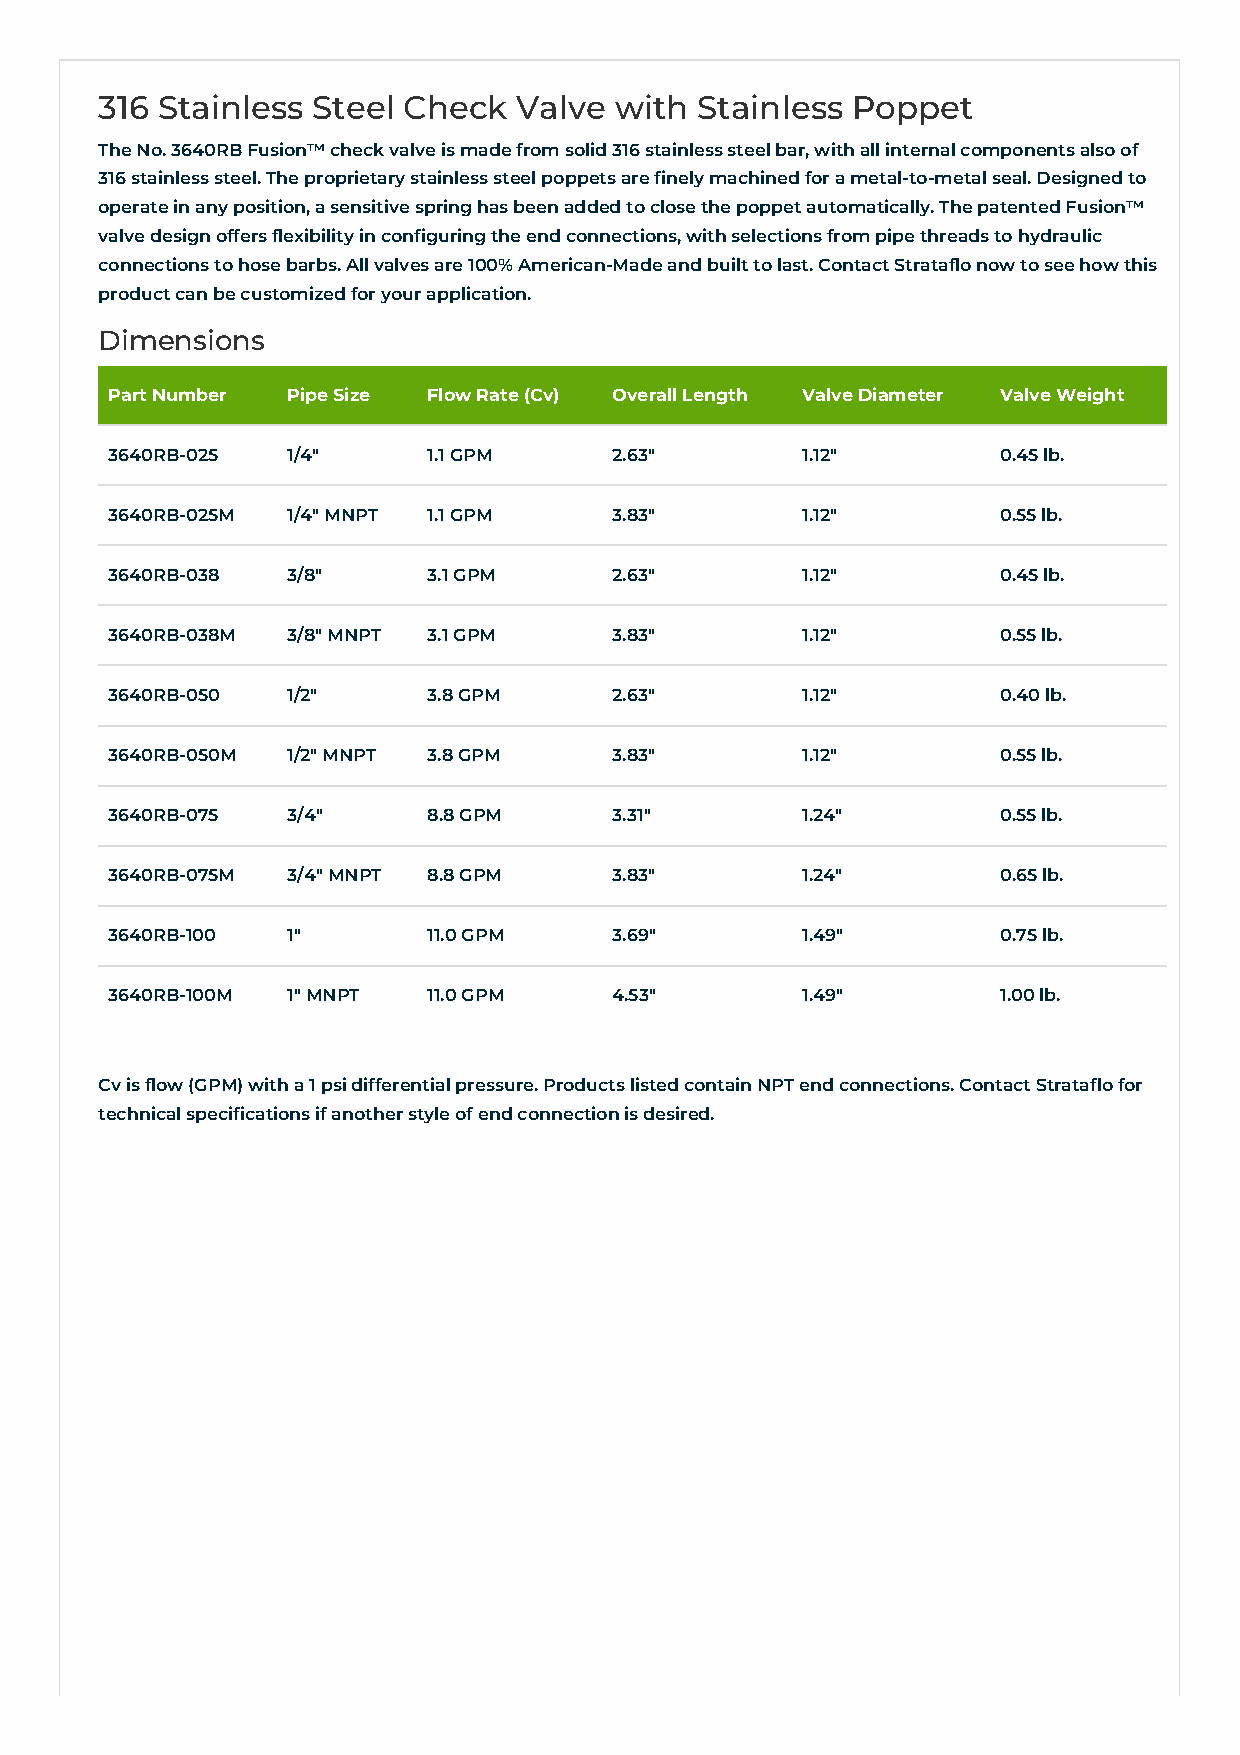
316 Stainless  Steel Check  Valve  with Stainless Poppet
 The No. 3640RB Fusion™ check valve is made from solid 316 stainless steel bar, with all internal components also of
 316 stainless steel. The proprietary stainless steel poppets are finely machined for a metal-to-metal seal. Designed to
 operate in any position, a sensitive spring has been added to close the poppet automatically. The patented Fusion™
 valve design offers flexibility in configuring the end connections, with selections from pipe threads to hydraulic
 connections to hose barbs. All valves are 100% American-Made and built to last. Contact Strataflo now to see how this
 product can be customized for your application.
 Dimensions
 Part Number Pipe Size Flow Rate (Cv) Overall Length Valve Diameter Valve Weight
 3640RB-025  1/4"     1.1 GPM      2.63"       1.12"        0.45 lb.
 3640RB-025M 1/4" MNPT 1.1 GPM     3.83"       1.12"        0.55 lb.
 3640RB-038  3/8"     3.1 GPM      2.63"       1.12"        0.45 lb.
 3640RB-038M 3/8" MNPT 3.1 GPM     3.83"       1.12"        0.55 lb.
 3640RB-050  1/2"     3.8 GPM      2.63"       1.12"        0.40 lb.
 3640RB-050M 1/2" MNPT 3.8 GPM     3.83"       1.12"        0.55 lb.
 3640RB-075  3/4"     8.8 GPM      3.31"       1.24"        0.55 lb.
 3640RB-075M 3/4" MNPT 8.8 GPM     3.83"       1.24"        0.65 lb.
 3640RB-100  1"       11.0 GPM     3.69"       1.49"        0.75 lb.
 3640RB-100M 1" MNPT  11.0 GPM     4.53"       1.49"        1.00 lb.
 Cv is flow (GPM) with a 1 psi differential pressure. Products listed contain NPT end connections. Contact Strataflo for
 technical specifications if another style of end connection is desired.